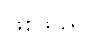
ဖြစ်သည်။